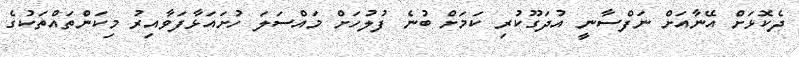
ދެކޮޅަށް އޭނާއަށް ނަފްސާނީ އުދަގޫކުރި ކަމަށް ބުނެ ފުލުހަށް މައްސަލަ ހުށައަޅާފަވާއިރު މިކަންތައްތަކުގެ